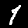
Label: 1